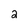
Character: 2